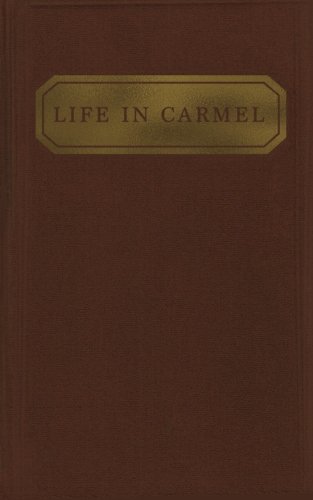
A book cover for Life in Carmel; Austin Chadwell; Christian Books & Bibles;